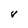
Character: V